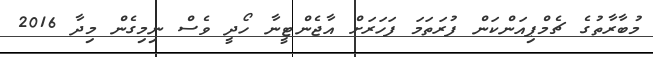
މުބާރާތުގެ ޗެމްޕިއަންކަން ފުރަތަމަ ފަހަރަށް އާޖެންޓީނާ ހޯދީ ވެސް ނިމިގެން މިދާ 2016